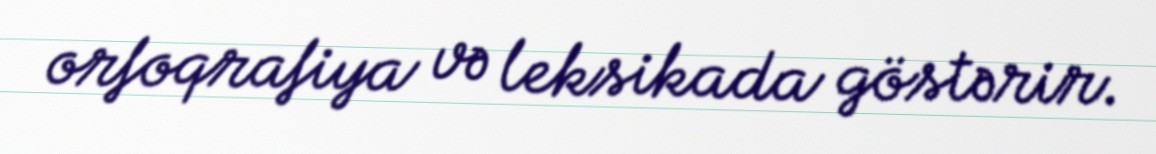
orfoqrafiya və leksikada göstərir.